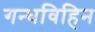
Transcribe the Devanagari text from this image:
गन्धविहिन